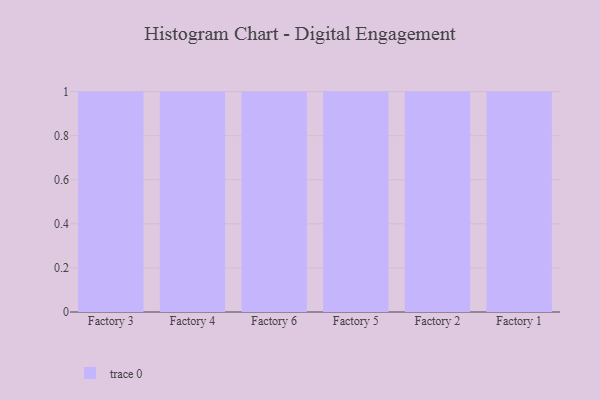
{"axis": {"x": "Factory", "y": "Market Share (%)"}, "legend": [""], "data": [{"x": "Factory 3", "y": 62, "type": ""}, {"x": "Factory 4", "y": 65, "type": ""}, {"x": "Factory 6", "y": 1, "type": ""}, {"x": "Factory 5", "y": 4, "type": ""}, {"x": "Factory 2", "y": 31, "type": ""}, {"x": "Factory 1", "y": 56, "type": ""}]}